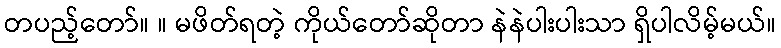
တပည့်တော်။ ။ မဖိတ်ရတဲ့ ကိုယ်တော်ဆိုတာ နဲနဲပါးပါးသာ ရှိပါလိမ့်မယ်။